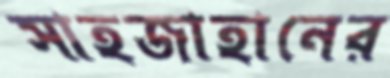
সাহজাহানের